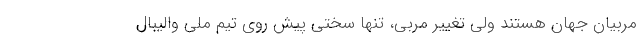
مربیان جهان هستند ولی تغییر مربی، تنها سختی پیش روی تیم ملی والیبال